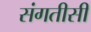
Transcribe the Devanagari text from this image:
संगतीसी